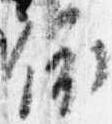
依